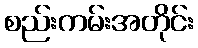
စည်းကမ်းအတိုင်း